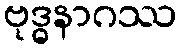
ဗုဒ္ဓနာဂဿ